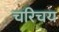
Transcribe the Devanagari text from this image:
चरिचय